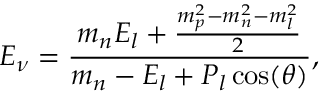
E _ { \nu } = \frac { m _ { n } E _ { l } + \frac { m _ { p } ^ { 2 } - m _ { n } ^ { 2 } - m _ { l } ^ { 2 } } { 2 } } { m _ { n } - E _ { l } + P _ { l } \cos ( \theta ) } ,